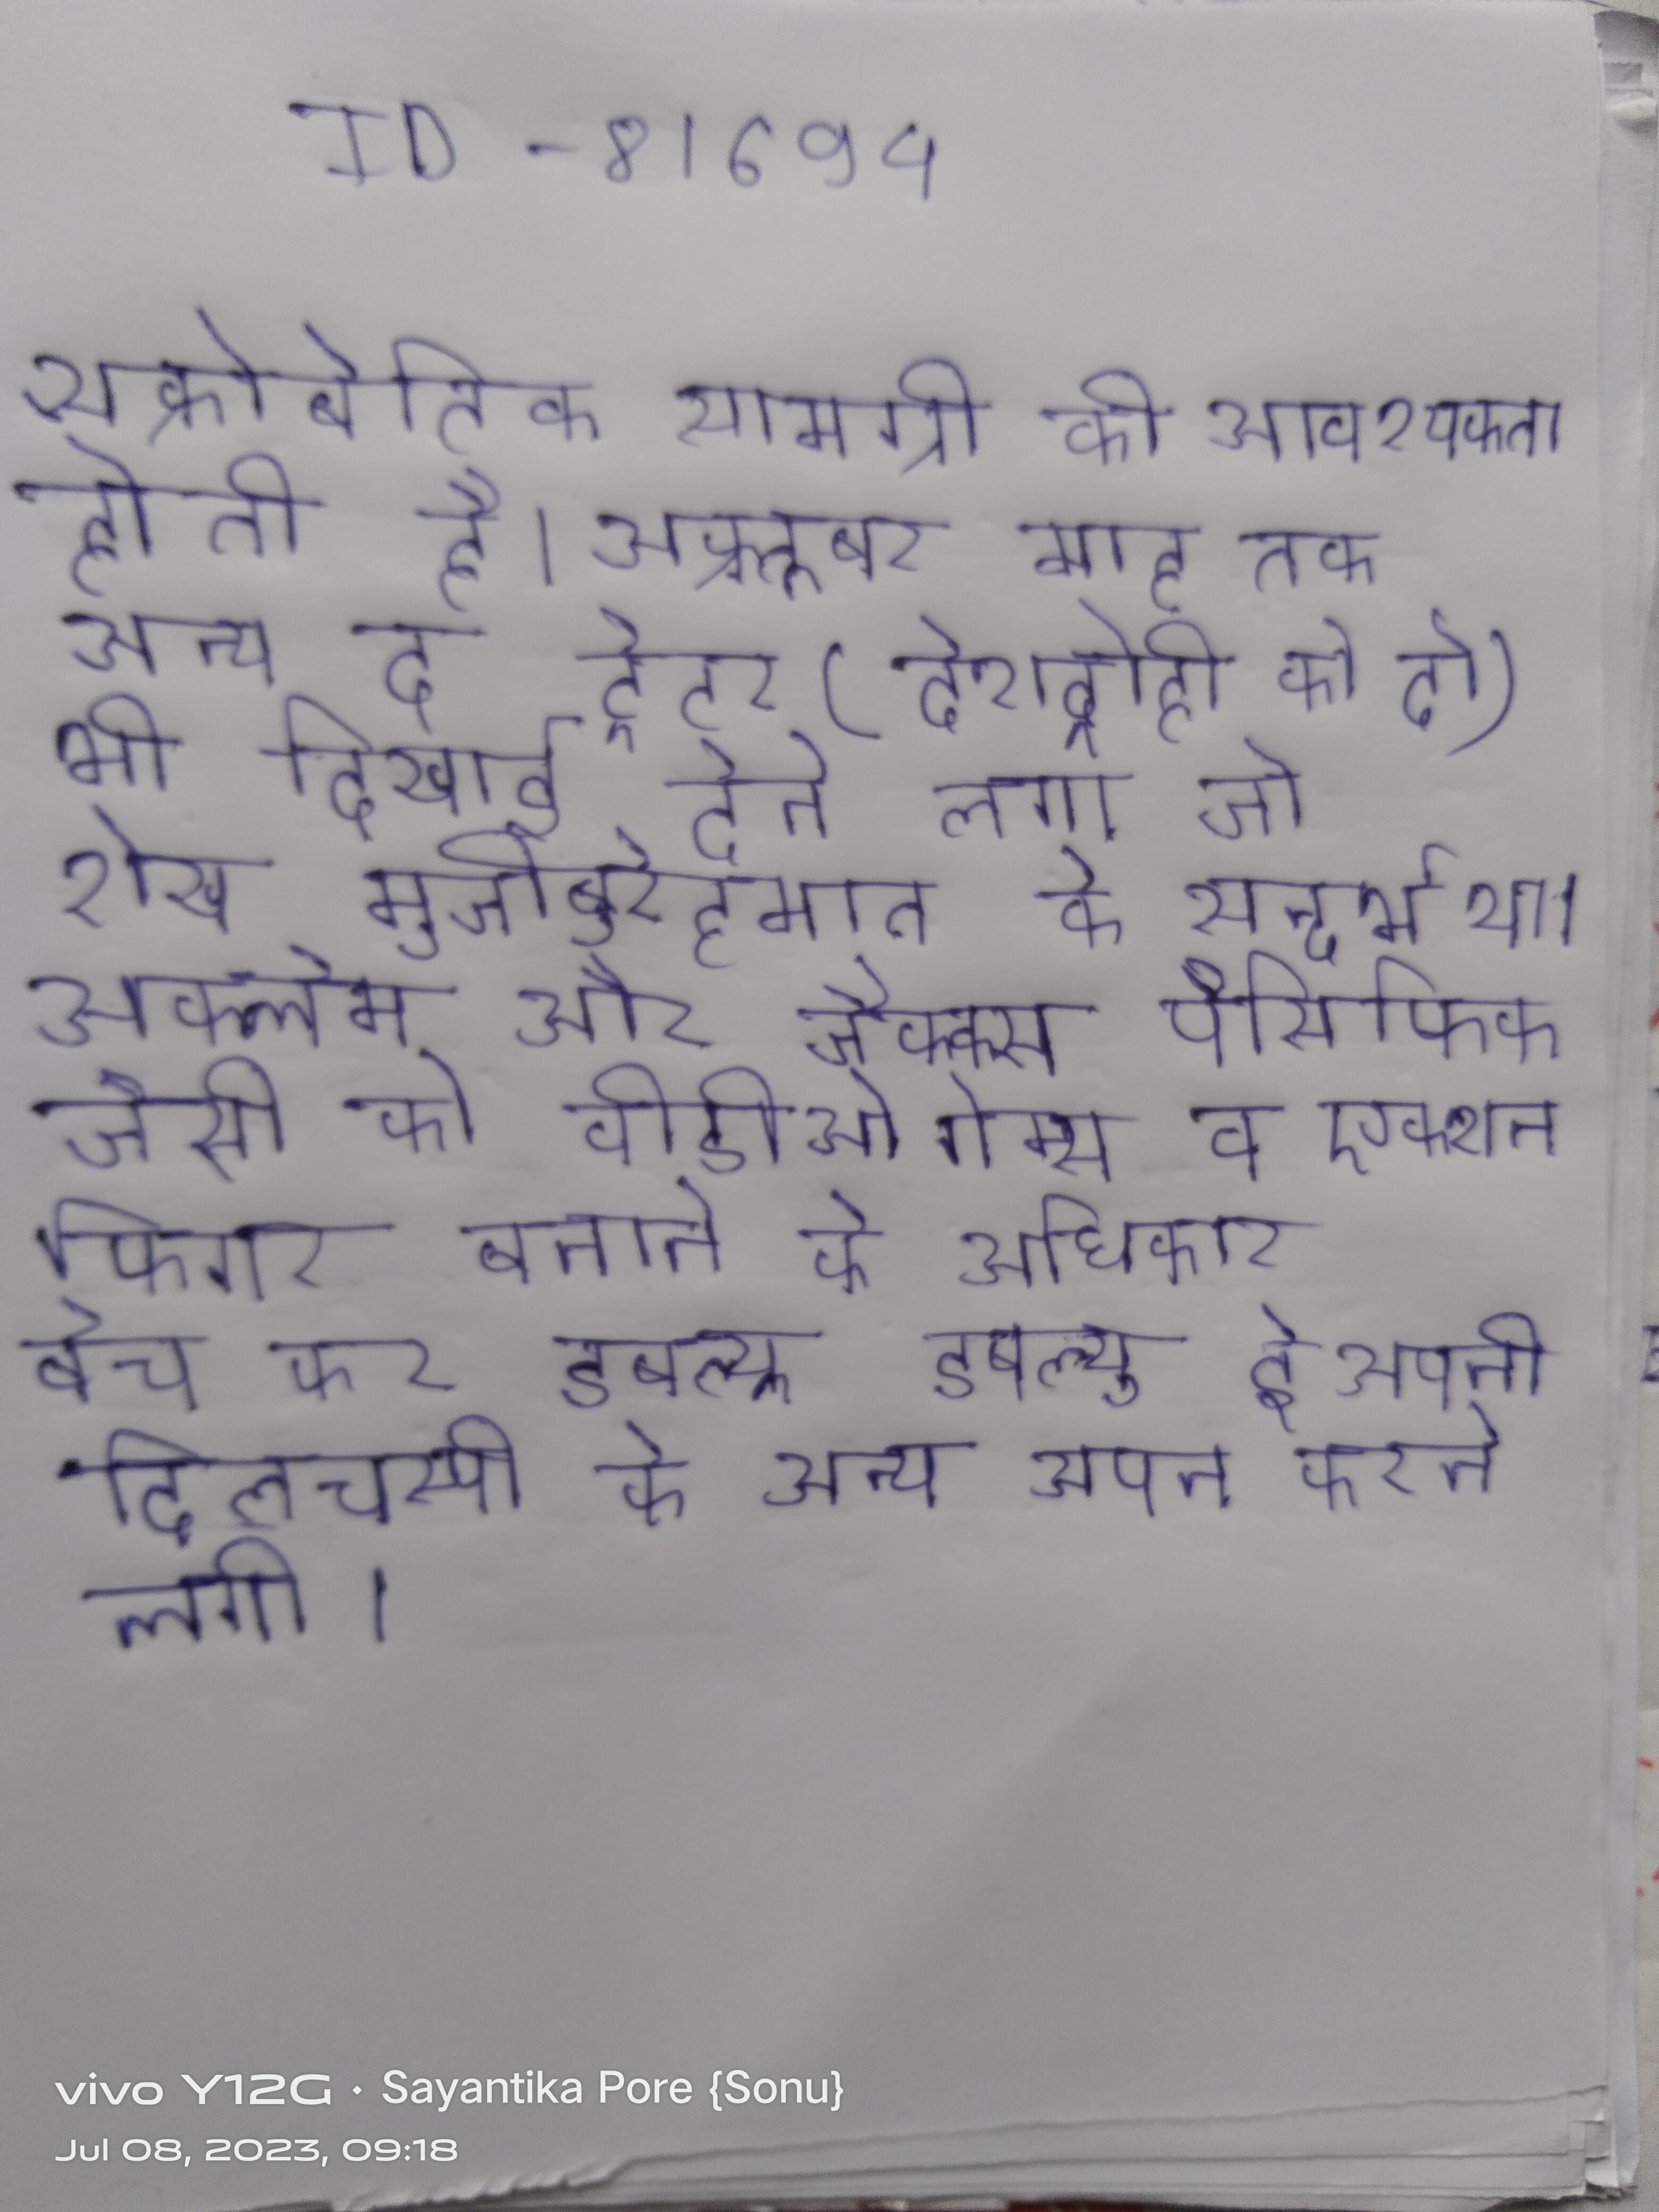
अक्रोबेटिक सामग्री की आवश्यकता होती है । अक्र्तूबर माह तक अन्य द ट्रेटर (देशद्रोही को दो) भी दिखाई देने लगा जो शेख मुजीबुर्रहमान के सन्दर्भ था । अक्लेम और जैक्क्स पैसिफिक जैसी को वीडीओ गेम्स व एक्शन फिगर बनाने के अधिकार बेच कर डबल्यू डबल्यू ई अपनी दिलचस्पी के अन्य अपने करने लगी ।